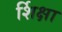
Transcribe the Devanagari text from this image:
र्शिक्षा